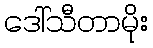
ဒေါ်သီတာမိုး